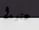
عنيدا